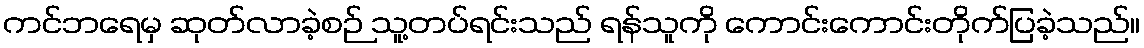
ကင်ဘရေမှ ဆုတ်လာခဲ့စဉ် သူ့တပ်ရင်းသည် ရန်သူကို ကောင်းကောင်းတိုက်ပြခဲ့သည်။